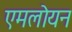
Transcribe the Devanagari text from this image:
एमलोयन